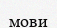
мови